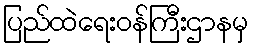
ပြည်ထဲရေးဝန်ကြီးဌာနမှ